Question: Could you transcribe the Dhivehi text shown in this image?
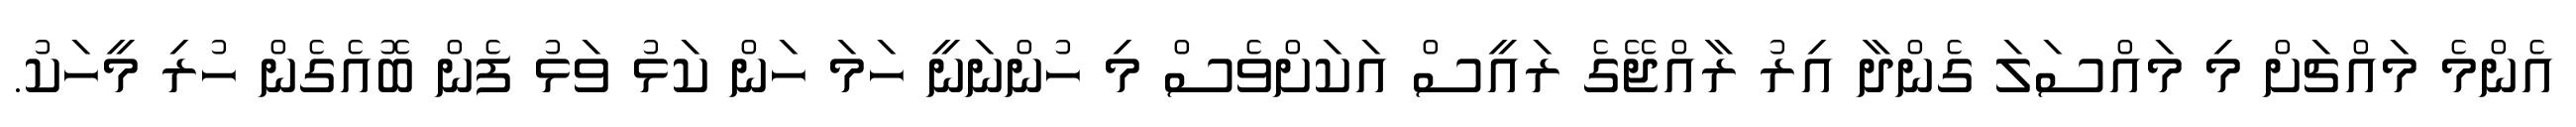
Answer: އެންމެ މައްޗަށް މި މައްސަލަ ގެންދާ އިރު ރާއްޖޭގެ ރައީސް އަކަށްވެސް މި ހުންނަނީ ހަމަ ހަން ކަޅު ވަޅު ފެން ބޮއެގެން ހުރި މީހަކު.